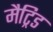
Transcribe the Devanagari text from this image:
मैट्रिड